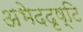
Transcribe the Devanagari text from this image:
अभेददृष्टि